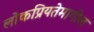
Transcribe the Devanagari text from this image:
लोकप्रियतेमागील